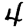
Digit: 4